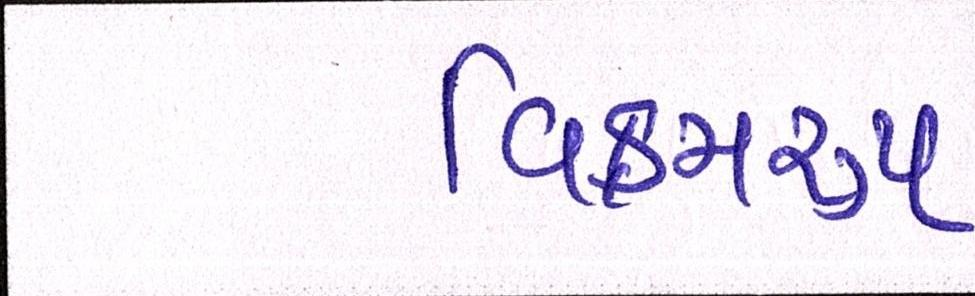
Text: વિક્રમરૃપ